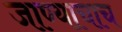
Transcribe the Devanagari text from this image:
जाण्याचाच